Tartu_pedagoogiumi_aruanded, lk 14
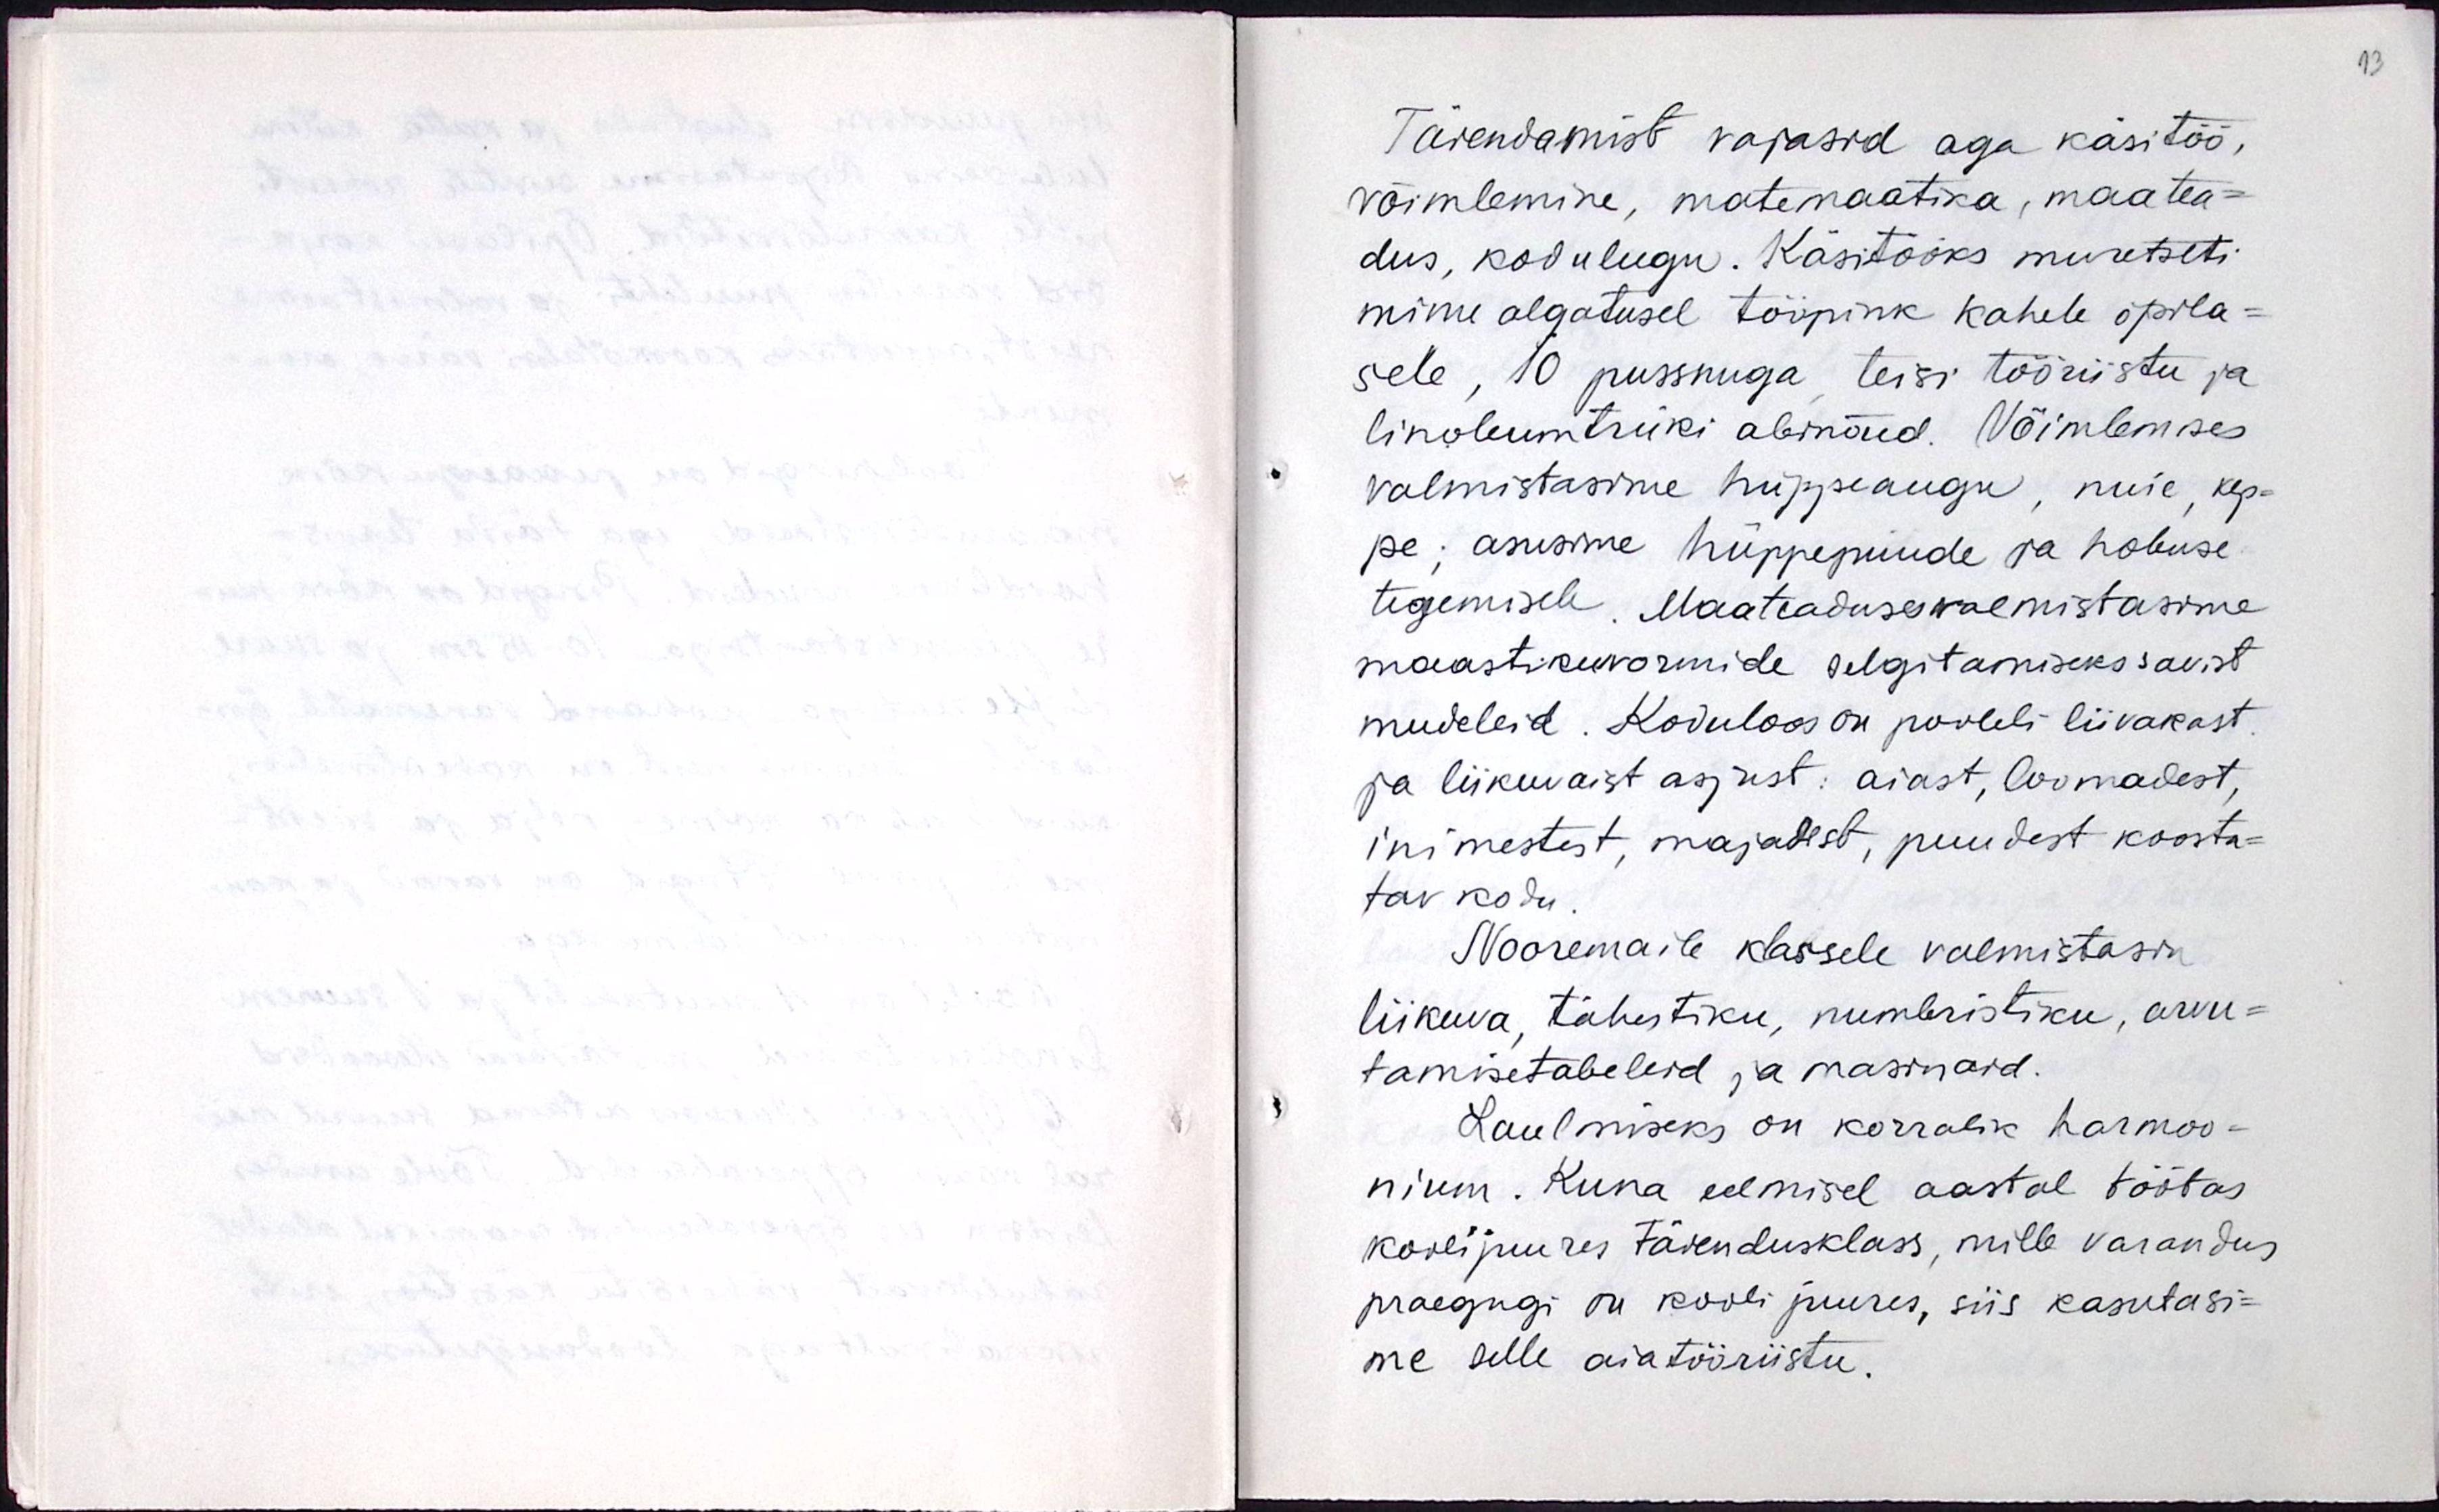
Täiendamist vajasid aga käsitöö,
võimlemine, matemaatika, maatea-
dus, kodulugu. Käsitööks muretseti
minu algatusel tööpink kahele õpila-
sele, 10 pussnuga, teisi tööriistu ja
linoleumtrüki abinõud. Võimlemises
valmistasime hüppeaugu, nuie, kep-
pe, asusime hüppepuude ja hobuse
tegemisele. Maateaduseks valmistasime
maastikuvormide selgitamiseks savist
mudeleid. Koduloos on pooleli liivakast
ja liikuvaist asjust: aiast, loomadest,
inimestest, majadest, puudest koosta-
tav kodu.
Nooremaile klassile valmistasin
liikuva, tähestiku, numbristiku, arvu-
tamisetabeleid ja masinaid.
Laulmiseks on korralik harmoo-
nium. Kuna eelmisel aastal töötas
kooli juures täiendusklass, mille varandus
praegugi on kooli juures, siis kasutasi-
me selle aiatööriistu.